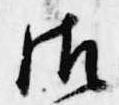
御